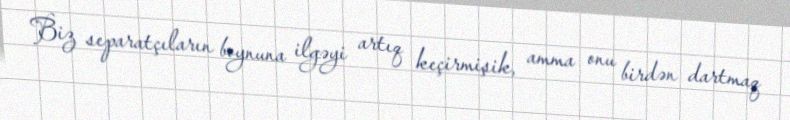
Biz separatçıların boynuna ilgəyi artıq keçirmişik, amma onu birdən dartmaq